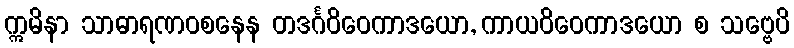
ဣမိနာ သာဓာရဏဝစနေန တဒင်္ဂဝိဝေကာဒယော, ကာယဝိဝေကာဒယော စ သဗ္ဗေပိ